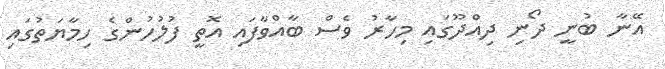
އޭނާ ބުނީ ދޯނި ދިއްދޫގައި މިހާރު ވެސް ބާއްވާފައި އޮތީ ފުލުހުންގެ ހިމާޔަތުގައި